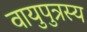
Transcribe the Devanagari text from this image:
वायुपुत्रस्य